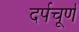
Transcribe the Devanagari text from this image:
दर्पचूर्ण